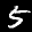
Label: 5